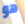
هو